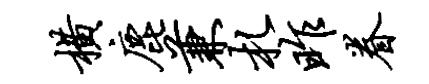
横鹿兼札昨眷